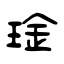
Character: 琻